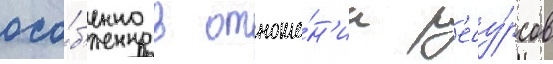
осо́б'енно в отноше́н'ии р'есу́рсов